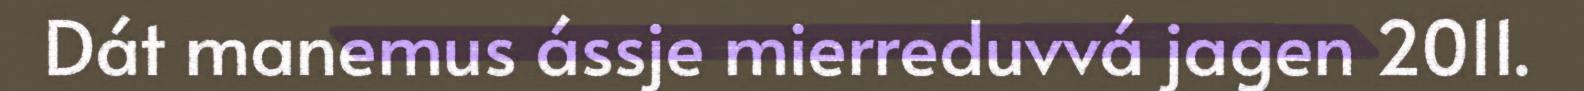
Dát manemus ássje mierreduvvá jagen 2011.